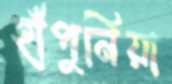
হাঁপুনিয়া